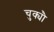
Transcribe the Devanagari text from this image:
चुक्यौ